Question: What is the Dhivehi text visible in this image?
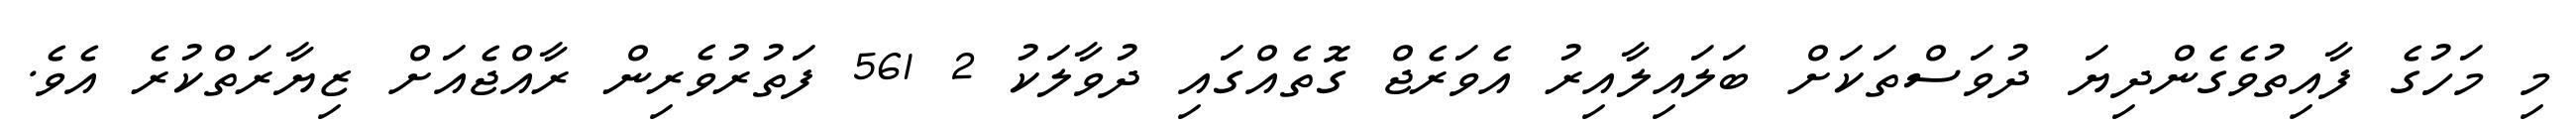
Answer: މި މަހުގެ ފާއިތުވެގެންދިޔަ ދުވަސްތަކަށް ބަލައިލާއިރު އެވަރެޖް ގޮތެއްގައި ދުވާލަކު 2 561 ފަތުރުވެރިން ރާއްޖެއަށް ޒިޔާރަތްކުރެ އެވެ.